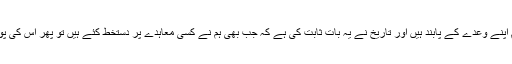
شامی صدر نے کہا کہ ہم اپنے وعدے کے پابند ہیں اور تاریخ نے یہ بات ثابت کی ہے کہ جب بھی ہم نے کسی معاہدے پر دستخط کئے ہیں تو پھر اس کی پوری طرح پابندی کی ہے۔